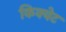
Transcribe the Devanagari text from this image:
किक्वेट